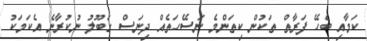
ކަމާއި ބެހޭ ފަރާތް ތަކުން ކިތަންމެ ނަސޭހަތެއް ދިނަސް ގަބޫލު ނުކުރާނެ އެކަމަކު